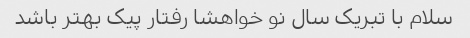
سلام با تبریک سال نو خواهشا رفتار پیک بهتر باشد